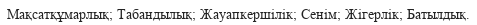
Мақсатқұмарлық; Табандылық; Жауапкершілік; Сенім; Жігерлік; Батылдық.